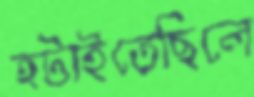
হটাইতেছিলে